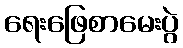
ရေးဖြေစာမေးပွဲ